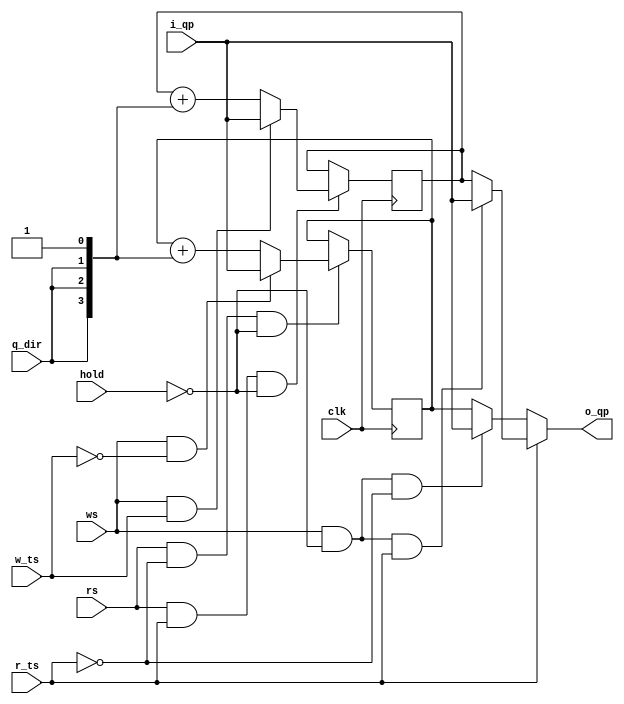

module queue_file(
    input wire              clk,    // Clock Signal
    input wire             r_ts,    // Read Task Selector
    input wire             w_ts,    // Write Task Selector
    input wire             hold,    // Hold Value
    input wire               ws,    // Write Select
    input wire               rs,    // Read Select
    input wire            q_dir,    // Q Direction
    input wire[3:0]        i_qp,    // New Queue POinter
    output wire[3:0]       o_qp     // Current Queue Pointer
);

reg[3:0] qp_0;
reg[3:0] qp_1;

always @(posedge clk) begin
    if (rs & ~r_ts & ~hold) begin
        if (ws & ~w_ts) begin
            qp_0 <= i_qp;
        end else begin
            qp_0 <= qp_0 + {q_dir, q_dir, q_dir, 1'b1};
        end
    end
end

always @(posedge clk) begin
    if (rs & r_ts & ~hold) begin
        if (ws & w_ts) begin
            qp_1 <= i_qp;
        end else begin
            qp_1 <= qp_1 + {q_dir, q_dir, q_dir, 1'b1};
        end
    end
end

//Passthrough
wire [3:0] qp_0_ptr = (ws & ~hold & ~r_ts) ? i_qp : qp_0;
wire [3:0] qp_1_ptr = (ws & ~hold & r_ts) ? i_qp : qp_1;  

wire[3:0] selected = ( r_ts ? qp_1_ptr : qp_0_ptr );

assign o_qp = selected;

endmodule